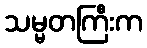
သမ္မတကြီးက